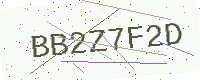
Text: BB2Z7F2D